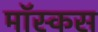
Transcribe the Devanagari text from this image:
मॉस्कस